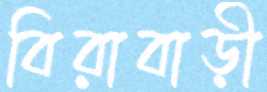
বিরাবাড়ী